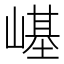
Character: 𡻸